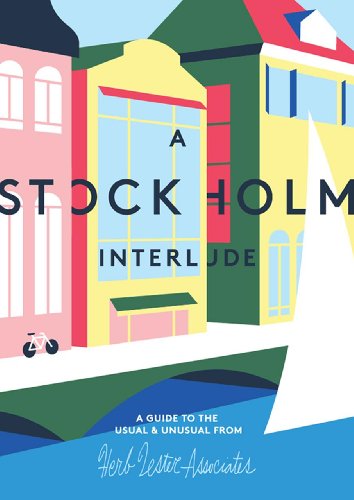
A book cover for A Stockholm Interlude: A Guide to the Usual & Unusual; Travel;